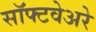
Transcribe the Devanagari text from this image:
सॉफ्टवेअरे